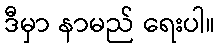
ဒီမှာ နာမည် ရေးပါ။